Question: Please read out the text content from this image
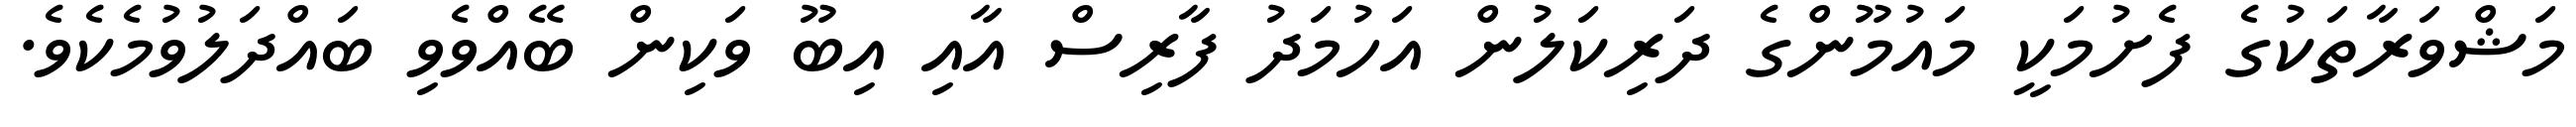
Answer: މަޝްވަރާތަކުގެ ފެށުމަކީ މައުމޫންގެ ދަރިކަލުން އަހުމަދު ފާރިސް އާއި އިބޫ ވަކިން ބޭއްވެވި ބައްދަލުވުމެކެވެ.